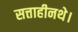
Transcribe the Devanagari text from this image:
सत्ताहीनथे।